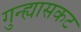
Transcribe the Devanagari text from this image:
गुन्ह्यासकट